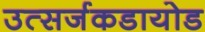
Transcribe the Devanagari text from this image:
उत्सर्जकडायोड